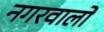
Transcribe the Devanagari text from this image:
नगरवालों